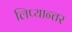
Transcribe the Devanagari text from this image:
लिप्यान्तर